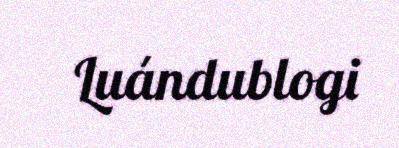
Luándublogi